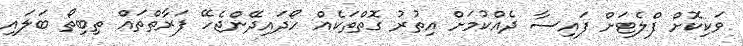
ވަކިކޮށް ފްލެޓަށް ފައިސާ ދެއްކުމަށް އިތުރު ގޮތްތަކެއް ހޯދައިދޭންޖެހޭ ފަރާތްތައް ތިބިތޯ ބަލައި